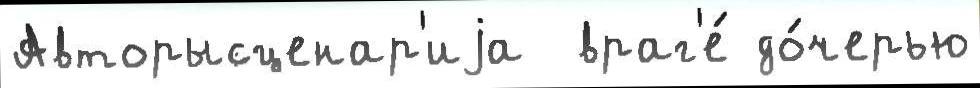
Авторысценар'иjа  враг'е́ до́черью